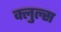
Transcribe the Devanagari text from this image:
क्लुल्स